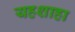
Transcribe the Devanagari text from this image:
यहशाहा